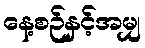
နေ့စဉ်နှင့်အမျှ